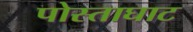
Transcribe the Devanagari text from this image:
पोस्ताघाट